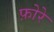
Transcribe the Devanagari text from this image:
फ़ोरे